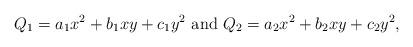
LaTeX: \begin{align*}Q_1=a_1x^2+b_1xy+c_1y^2\textrm{ and }Q_2=a_2x^2+b_2xy+c_2y^2,\end{align*}